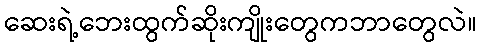
ဆေးရဲ့ဘေးထွက်ဆိုးကျိုးတွေကဘာတွေလဲ။